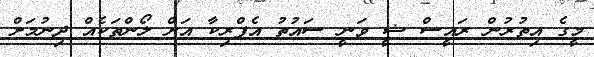
މީގެ އިތުރުން ރައީސް ޝީ ވަނީ ސައުތު އެފްރިކާ އަށް ލޯންތަކެއް ދިނުމަށް